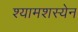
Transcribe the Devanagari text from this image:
श्यामशस्येन